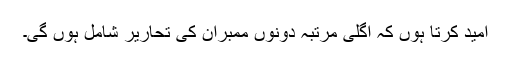
امید کرتا ہوں کہ اگلی مرتبہ دونوں ممبران کی تحاریر شامل ہوں گی۔